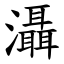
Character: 灄